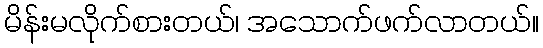
မိန်းမလိုက်စားတယ်၊ အသောက်ဖက်လာတယ်။